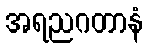
အရညဂတာနံ